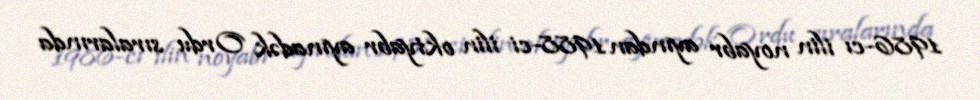
1986-cı ilin noyabr ayından 1988-ci ilin oktyabr ayınadək Ordu sıralarında